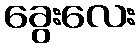
ခွေးလေး